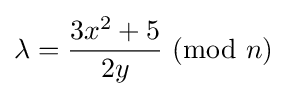
\lambda ={\frac {3x^{2}+5}{2y}}\ (\mathrm {mod} \ n)